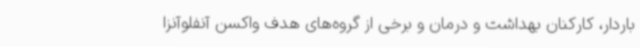
باردار، کارکنان بهداشت و درمان و برخی از گروه‌های هدف واکسن آنفلوآنزا